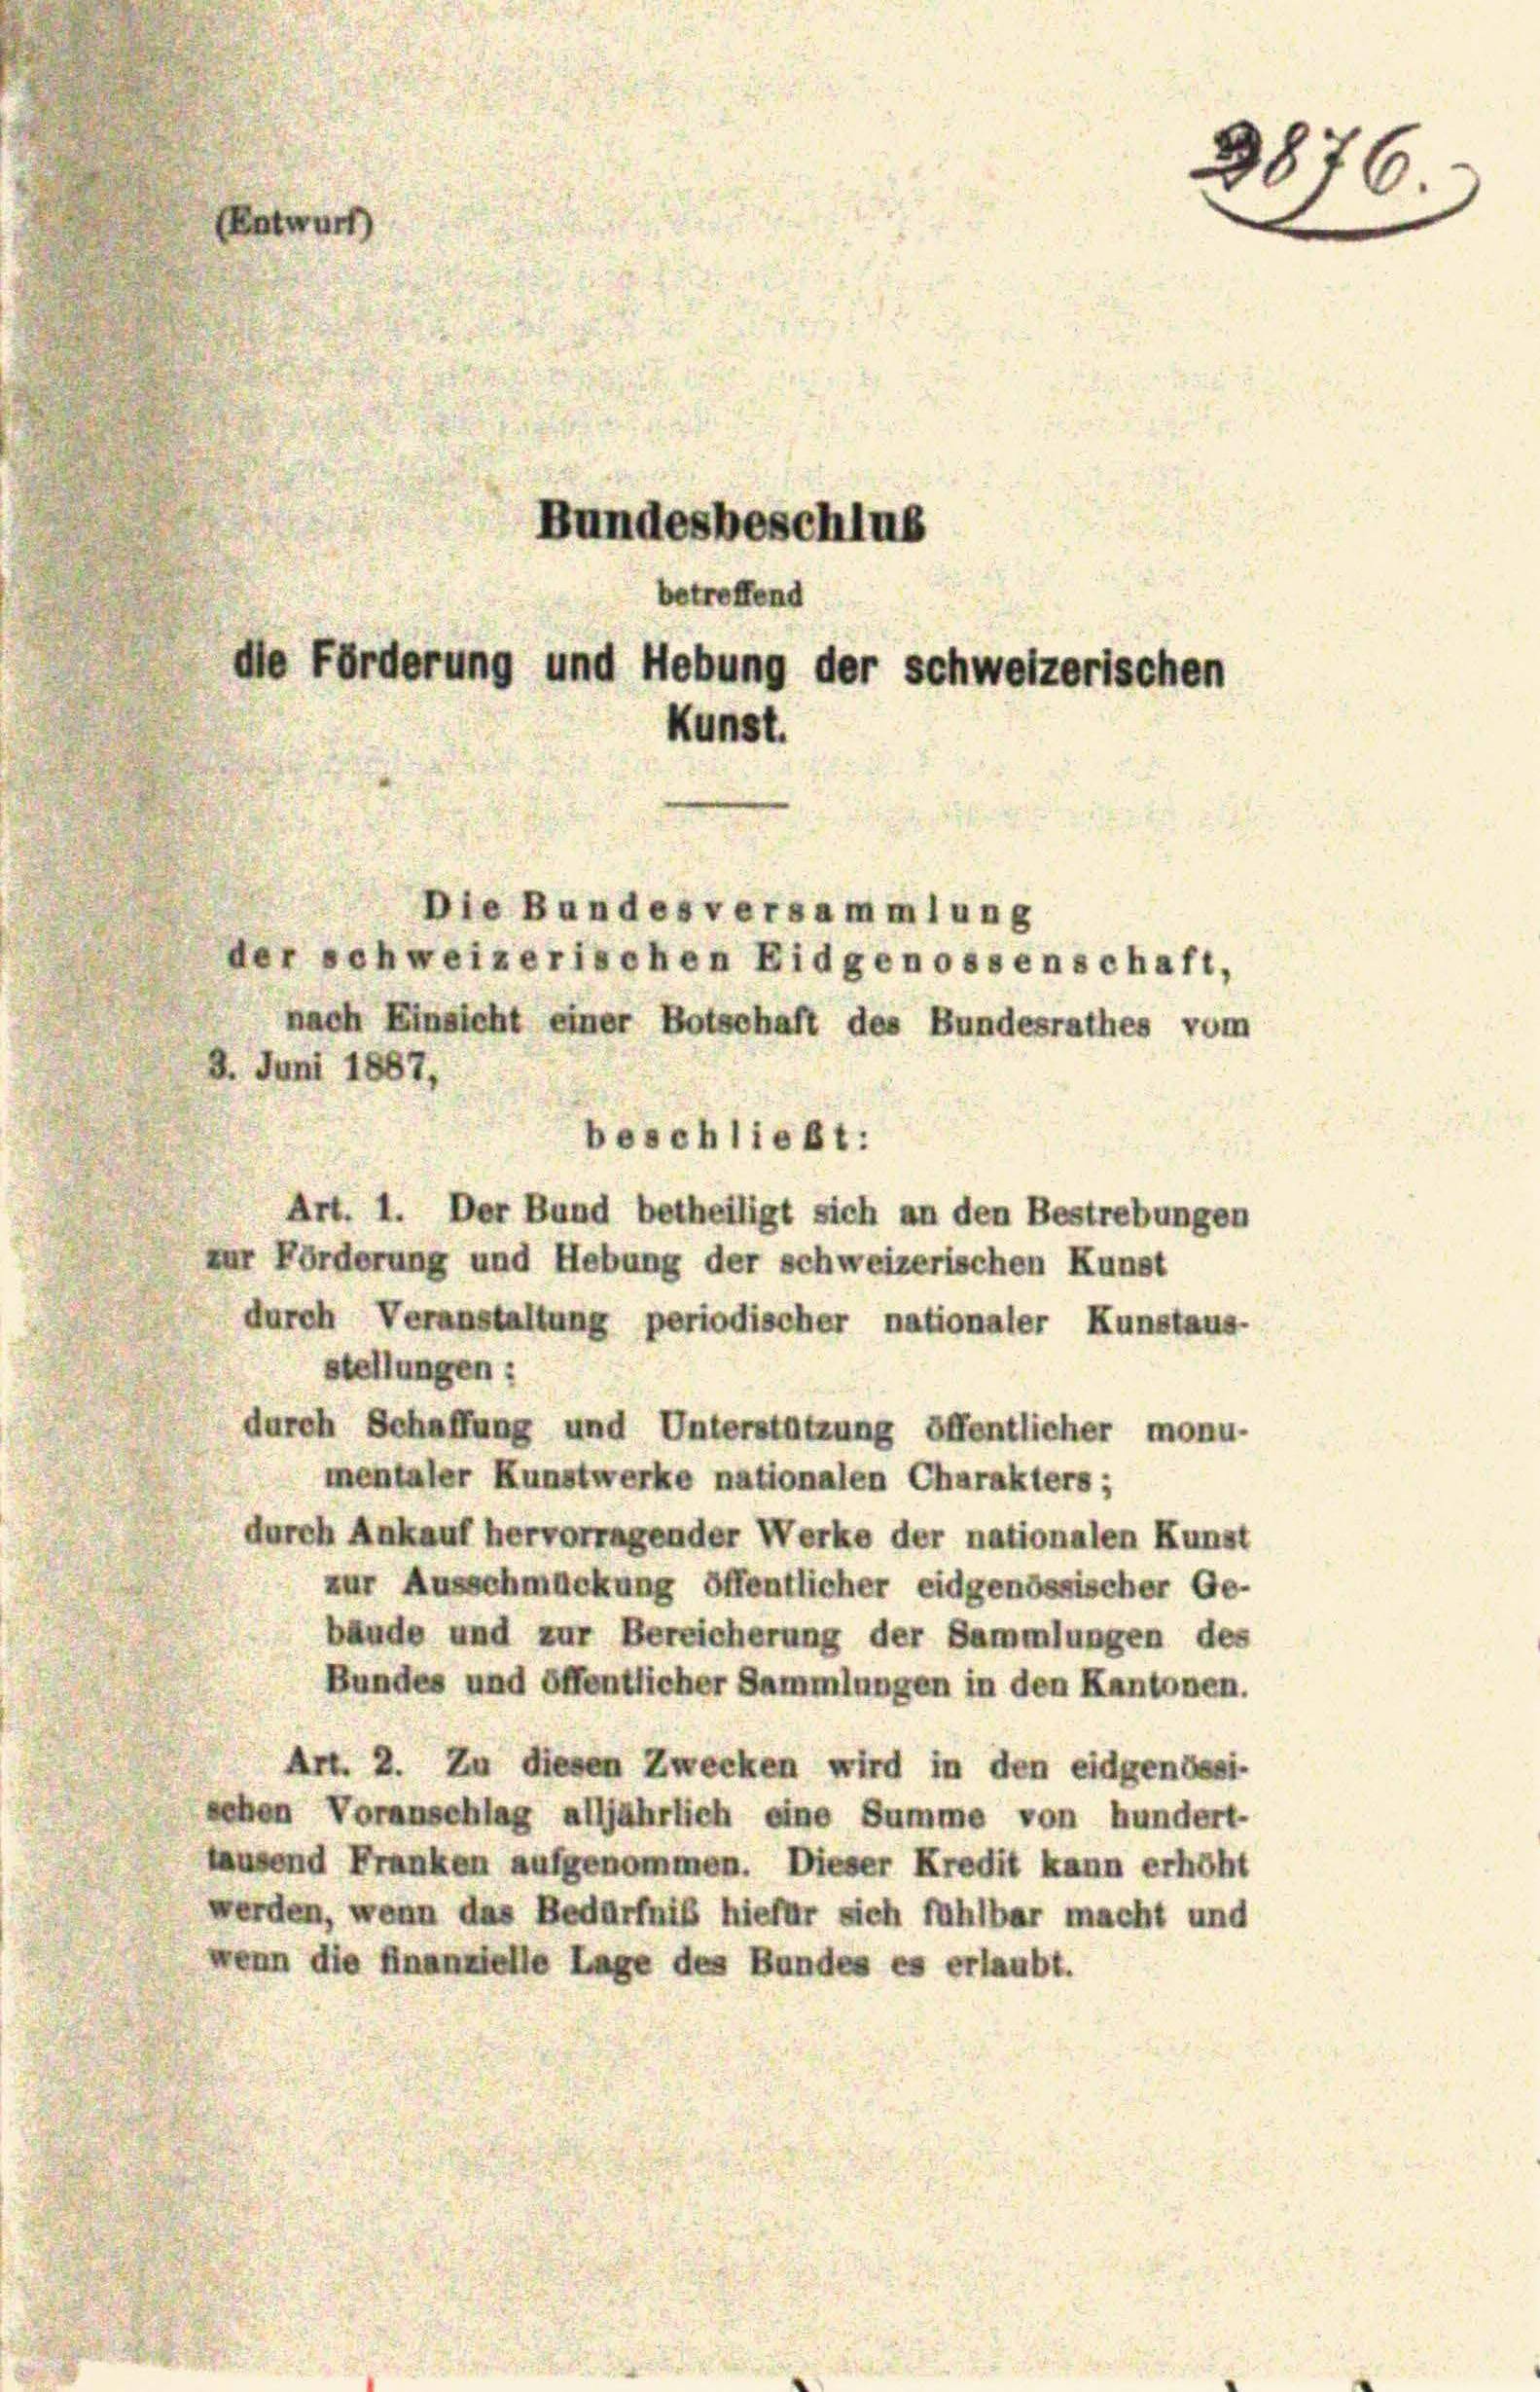
EEntwurf)
Bundesbeschlus
betreffend
de Förderung und Hebung der schweizerischen
Kunst.

Die Bundesversammlung
schweizerischen Eidgenossenschaft,
nach Einsicht einer Botschaft des Bundesrathes vom
Juni 1887,
beschließt:
Art. 1. Der Bund betheiligt sich an den Bestrebungen
r Förderung und Hebung der schweizerischen Kunst
durch Veranstaltung periodischer nationaler Kunstaus
stellungen:
durch Schaffung und Unterstützung öffentlicher monu-
mentaler Kunstwerke nationalen Charakters;
durch Ankauf hervorragender Werke der nationalen Kunst
zur Ausschmückung öffentlicher eidgenössischer Ge-
bäude und zur Bereicherung der Sammlungen des
Bundes und öffentlicher Sammlungen in den Kantonen.
Art. 2. Zu diesen Zwecken wird in den eidgenössi-
sehen Voranschlag alljährlich eine Summe von hundert-
lausend Franken aufgenommen. Dieser Kredit kann erhöht
werden, wenn das Bedürfniß hiefür sich fühlbar macht und
enn die finanzielle Lage des Bundes es erlaubt.

3876.